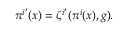
\pi ^ { i ^ { \prime } } ( x ) = \zeta ^ { i ^ { \prime } } ( \pi ^ { i } ( x ) , g ) .